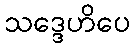
သဒ္ဒေဟိပေ